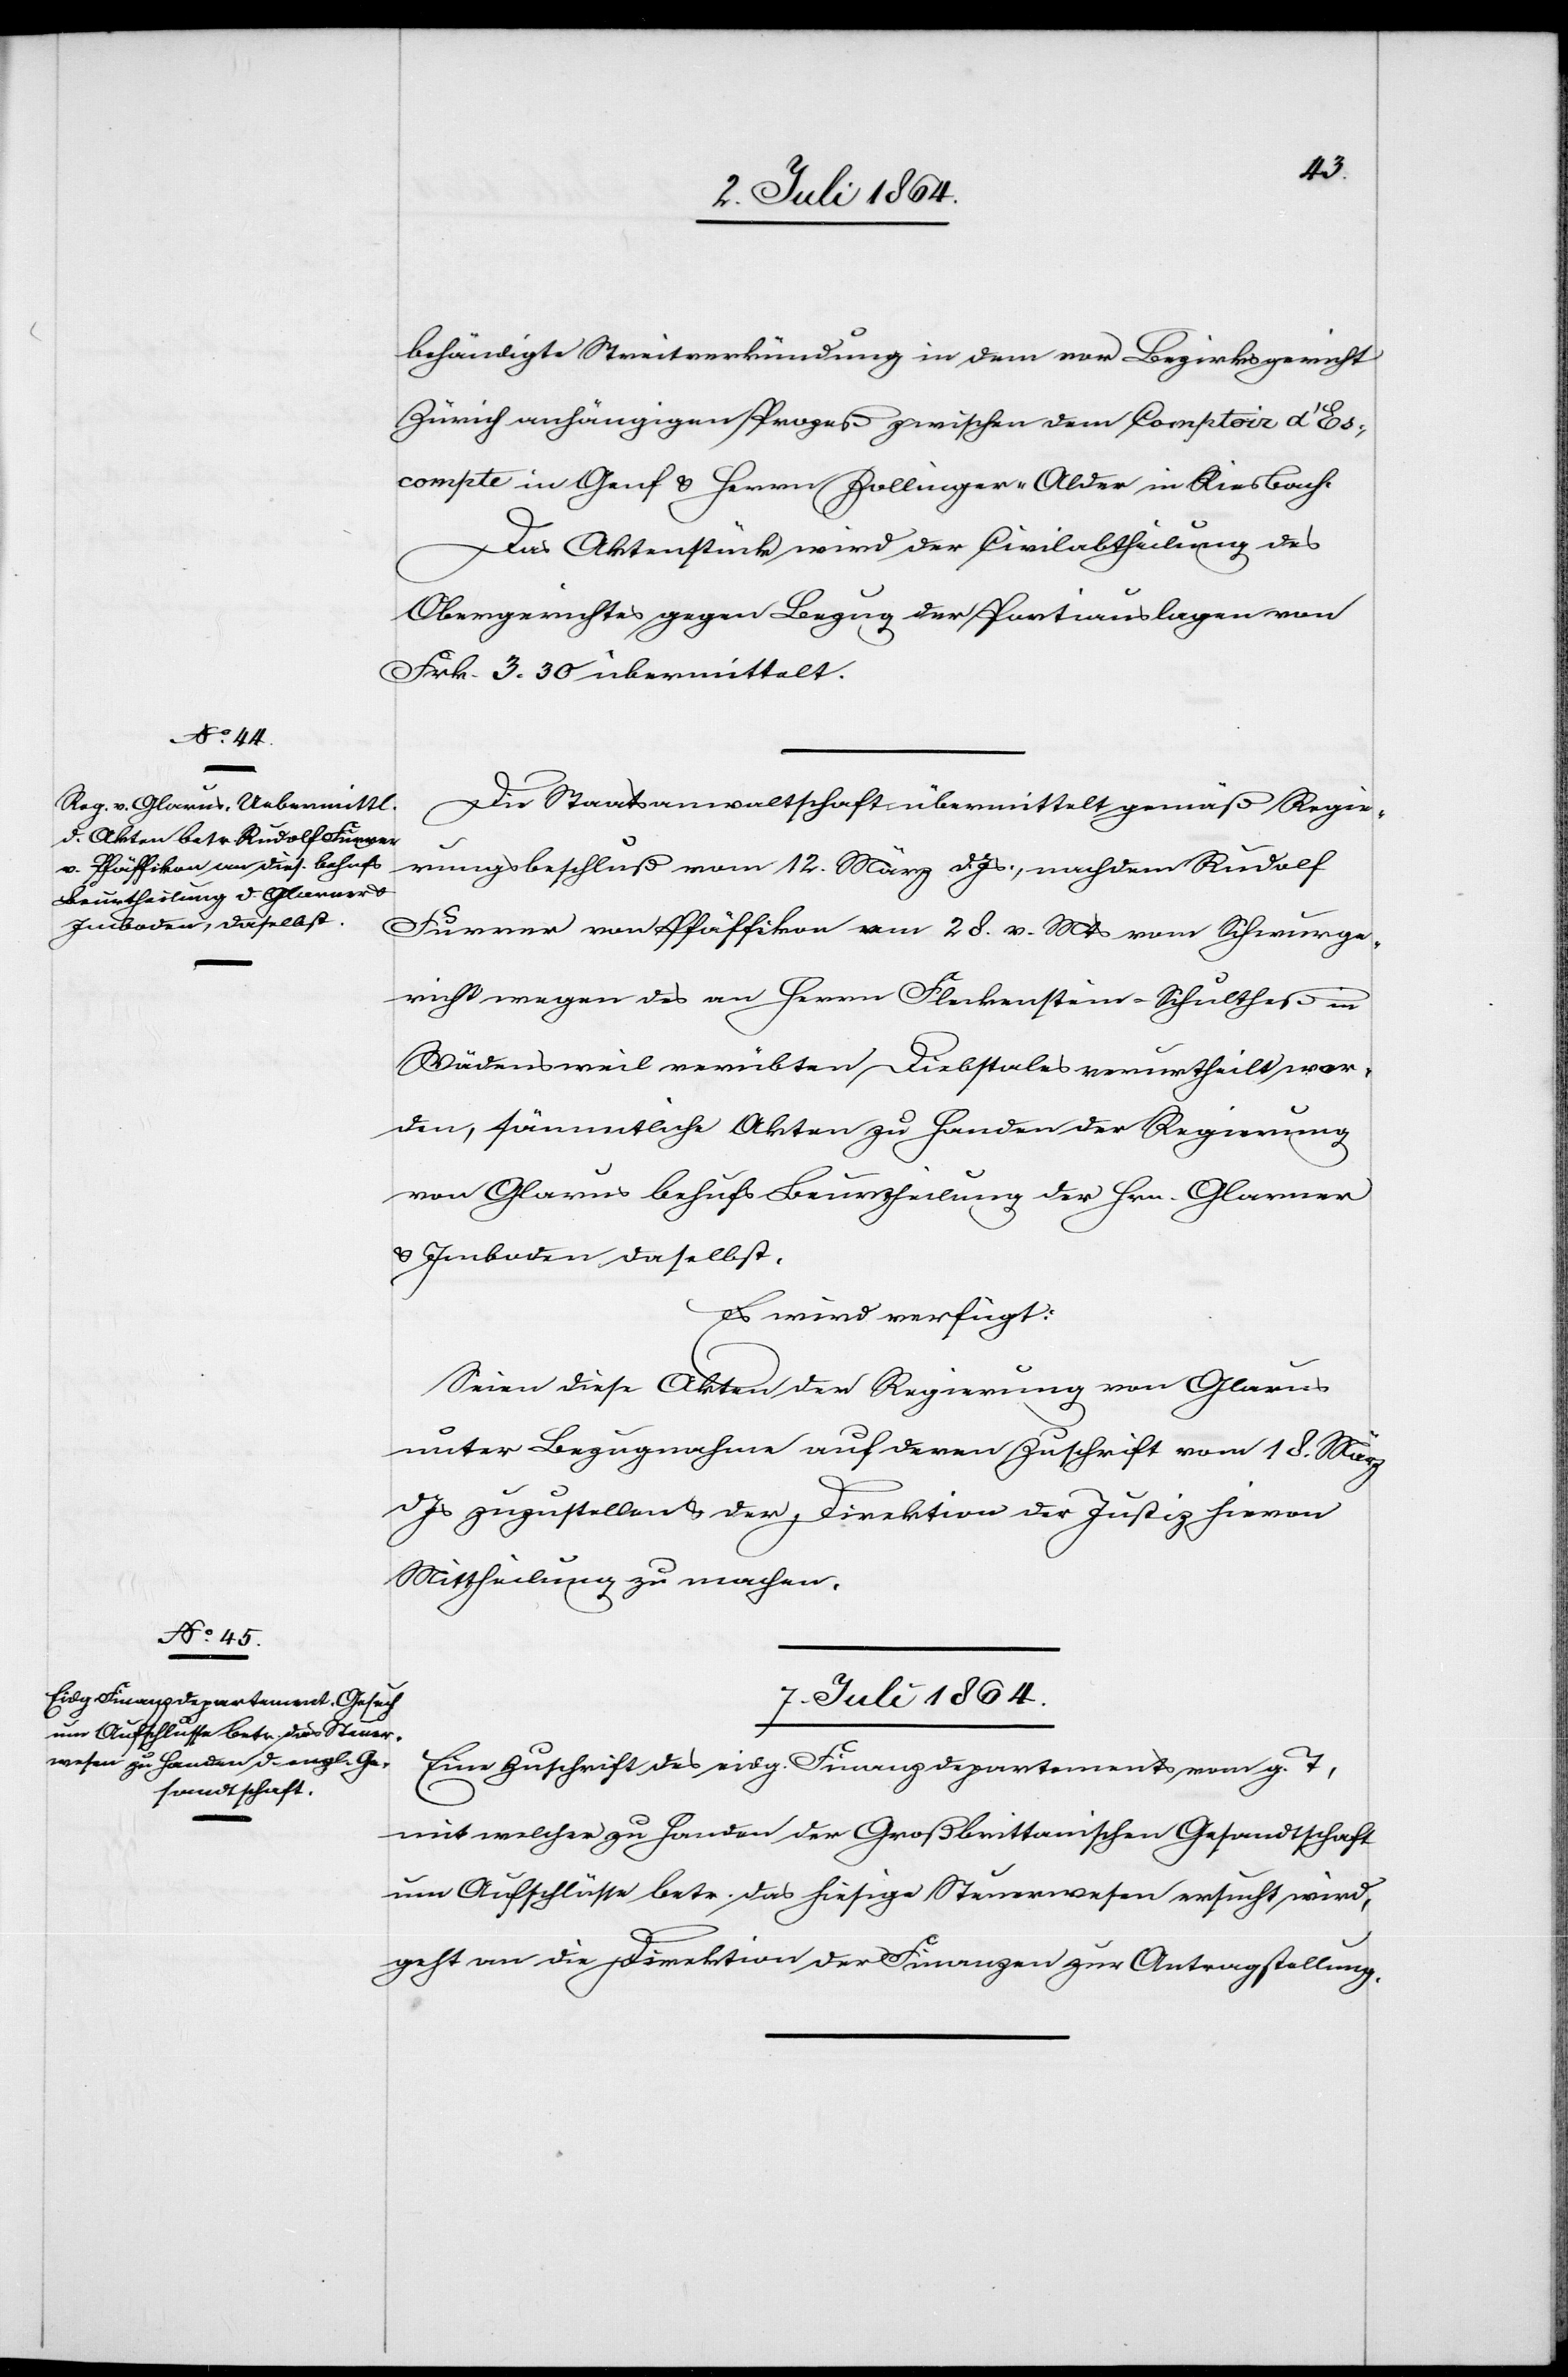
6. Juli 1864.]
behändigte Streitverkündung in dem vor Bezirksgericht
Zürich anhängigen Prozeß zwischen dem Comptoir d’Es.,
compte in Genf u. Herrn Zollinger-Alder in Riesbach.
Das Aktenstück wird der Civilabtheilung des
Obergerichtes gegen Bezug der Portiauslagen von
Frk. 3.30 übermittelt.
Die Staatsanwaltschaft übermittelt gemäß Regie¬
rungsbeschluß vom 12. März d. Js., nachdem Rudolf
Furrer von Pfäffikon am 28. v. Mts. vom Schwurge¬
richte wegen des an Herrn Fleckenstein-Schultheß in
Wädensweil verübten Diebstals verurtheilt wor¬
den, sämmtliche Akten zu Handen der Regierung
von Glarus behufs Beurtheilung der Hrn. Glarner
u. Imboden daselbst.
Es wird verfügt:
Seien diese Akten der Regierung von Glarus
unter Bezugnahme auf deren Zuschrift vom 18. März
Js. zuzustellen u. der Direktion der Justiz hievon
Mittheilung zu machen.
7. Juli 1864.
Eine Zuschrift des eidg. Finanzdepartements vom g. T.,
mit welcher zu Handen der Großbrittanischen Gesandtschaft
um Aufschlüsse betr. das hiesige Steuerwesen ersucht wird,
geht an die Direktion der Finanzen zur Antragstellung.